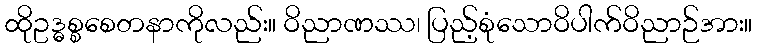
ထိုဥဒ္ဓစ္စစေတနာကိုလည်း။ ဝိညာဏဿ၊ ပြည့်စုံသောဝိပါက်ဝိညာဉ်အား။